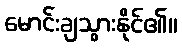
မောင်းချသွားနိုင်၏။